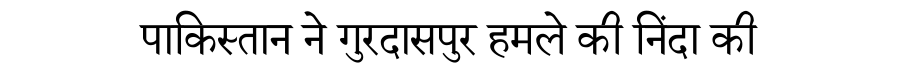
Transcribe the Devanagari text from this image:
पाकिस्तान ने गुरदासपुर हमले की निंदा की